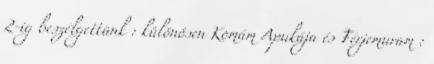
2-ig beszélgettünk : különösen Komám Apukája és Férjemuram :